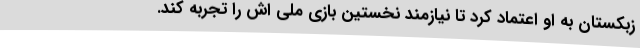
زبکستان به او اعتماد کرد تا نیازمند نخستین بازی ملی اش را تجربه کند.